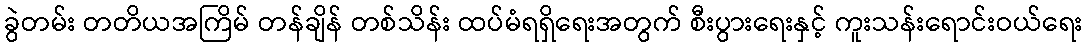
ခွဲတမ်း တတိယအကြိမ် တန်ချိန် တစ်သိန်း ထပ်မံရရှိရေးအတွက် စီးပွားရေးနှင့် ကူးသန်းရောင်းဝယ်ရေး